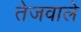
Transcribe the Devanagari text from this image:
तेजवाले